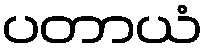
ပတာယံ